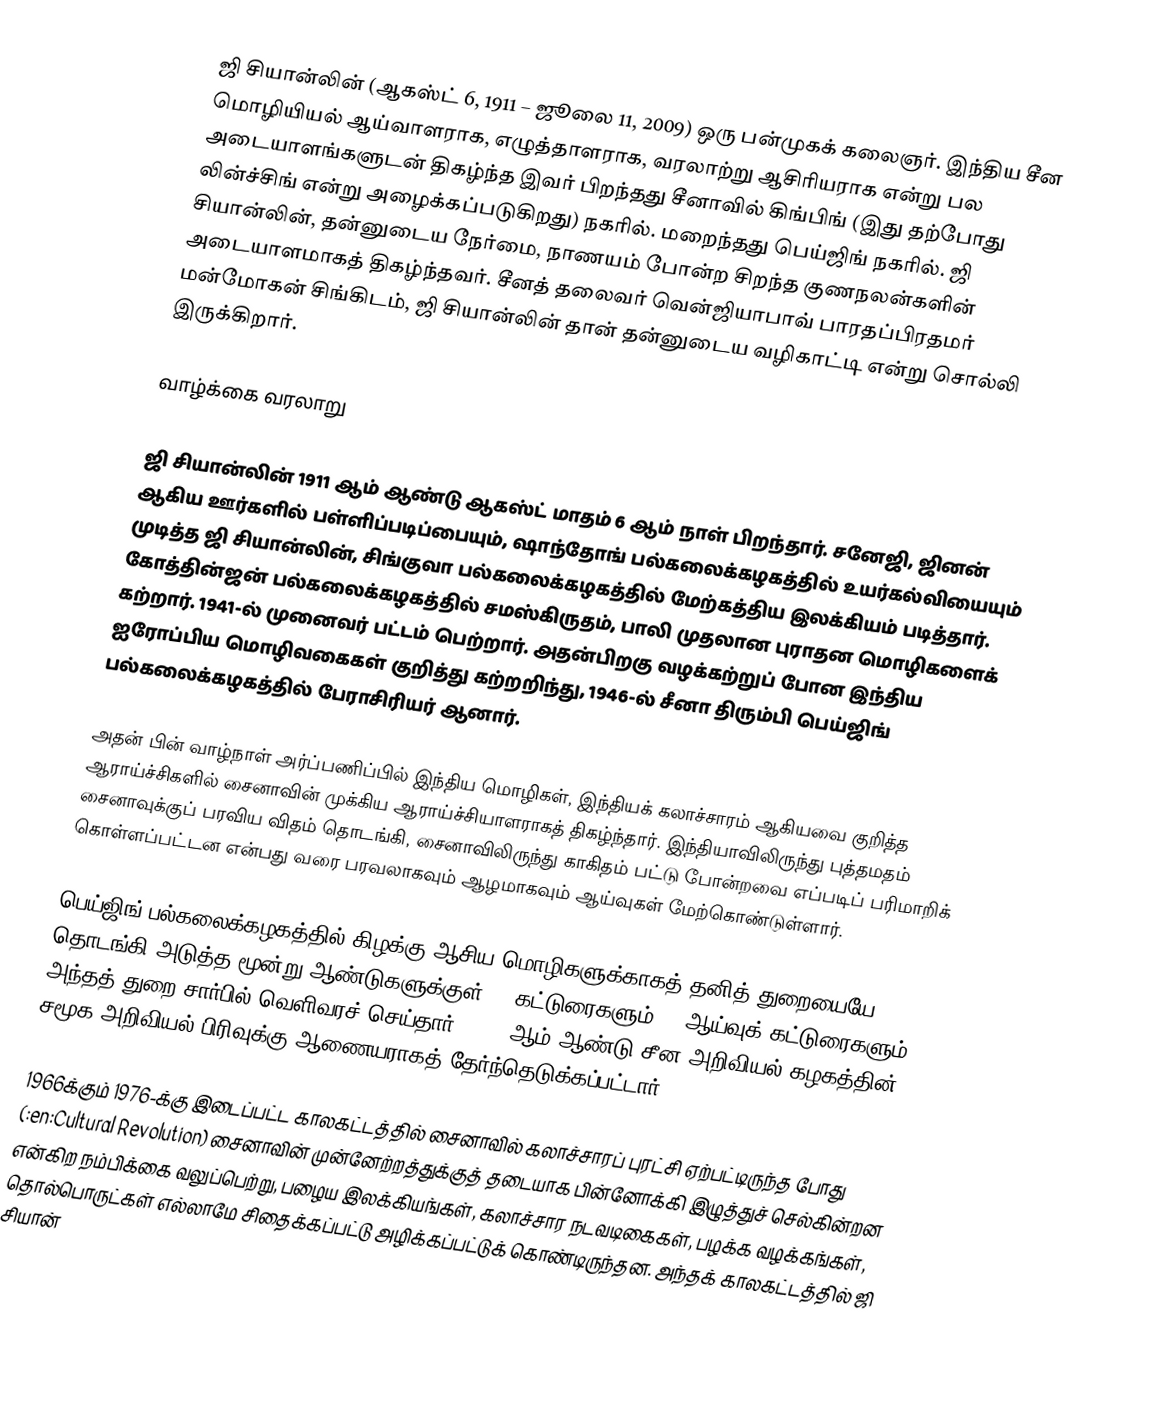
ஜி சியான்லின் (ஆகஸ்ட் 6, 1911 – ஜூலை 11, 2009) ஒரு பன்முகக் கலைஞர். இந்திய சீன மொழியியல் ஆய்வாளராக, எழுத்தாளராக, வரலாற்று ஆசிரியராக என்று பல அடையாளங்களுடன் திகழ்ந்த இவர் பிறந்தது சீனாவில் கிங்பிங் (இது தற்போது லின்ச்சிங் என்று அழைக்கப்படுகிறது) நகரில். மறைந்தது பெய்ஜிங் நகரில். ஜி சியான்லின், தன்னுடைய நேர்மை, நாணயம் போன்ற சிறந்த குணநலன்களின் அடையாளமாகத் திகழ்ந்தவர். சீனத் தலைவர் வென்ஜியாபாவ் பாரதப்பிரதமர் மன்மோகன் சிங்கிடம், ஜி சியான்லின் தான் தன்னுடைய வழிகாட்டி என்று சொல்லி இருக்கிறார்.

வாழ்க்கை வரலாறு

ஜி சியான்லின் 1911 ஆம் ஆண்டு ஆகஸ்ட் மாதம் 6 ஆம் நாள் பிறந்தார். சனேஜி, ஜினன் ஆகிய ஊர்களில் பள்ளிப்படிப்பையும், ஷாந்தோங் பல்கலைக்கழகத்தில் உயர்கல்வியையும் முடித்த ஜி சியான்லின், சிங்குவா பல்கலைக்கழகத்தில் மேற்கத்திய இலக்கியம் படித்தார். கோத்தின்ஜன் பல்கலைக்கழகத்தில் சமஸ்கிருதம், பாலி முதலான புராதன மொழிகளைக் கற்றார். 1941-ல் முனைவர் பட்டம் பெற்றார். அதன்பிறகு வழக்கற்றுப் போன இந்திய ஐரோப்பிய மொழிவகைகள் குறித்து கற்றறிந்து, 1946-ல் சீனா திரும்பி பெய்ஜிங் பல்கலைக்கழகத்தில் பேராசிரியர் ஆனார்.

அதன் பின் வாழ்நாள் அர்ப்பணிப்பில் இந்திய மொழிகள், இந்தியக் கலாச்சாரம் ஆகியவை குறித்த ஆராய்ச்சிகளில் சைனாவின் முக்கிய ஆராய்ச்சியாளராகத் திகழ்ந்தார். இந்தியாவிலிருந்து புத்தமதம் சைனாவுக்குப் பரவிய விதம் தொடங்கி, சைனாவிலிருந்து காகிதம் பட்டு போன்றவை எப்படிப் பரிமாறிக் கொள்ளப்பட்டன என்பது வரை பரவலாகவும் ஆழமாகவும் ஆய்வுகள் மேற்கொண்டுள்ளார்.

பெய்ஜிங் பல்கலைக்கழகத்தில் கிழக்கு ஆசிய மொழிகளுக்காகத் தனித் துறையையே தொடங்கி அடுத்த மூன்று ஆண்டுகளுக்குள் 40 கட்டுரைகளும் 13 ஆய்வுக் கட்டுரைகளும் அந்தத் துறை சார்பில் வெளிவரச் செய்தார். 1956-ஆம் ஆண்டு சீன அறிவியல் கழகத்தின் சமூக அறிவியல் பிரிவுக்கு ஆணையராகத் தேர்ந்தெடுக்கப்பட்டார்.

1966க்கும் 1976-க்கு இடைப்பட்ட காலகட்டத்தில் சைனாவில் கலாச்சாரப் புரட்சி ஏற்பட்டிருந்த போது (:en:Cultural Revolution) சைனாவின் முன்னேற்றத்துக்குத் தடையாக பின்னோக்கி இழுத்துச் செல்கின்றன என்கிற நம்பிக்கை வலுப்பெற்று, பழைய இலக்கியங்கள், கலாச்சார நடவடிகைகள், பழக்க வழக்கங்கள், தொல்பொருட்கள் எல்லாமே சிதைக்கப்பட்டு அழிக்கப்பட்டுக் கொண்டிருந்தன. அந்தக் காலகட்டத்தில் ஜி சியான்